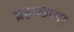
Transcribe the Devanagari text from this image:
ग्रहच्छाया